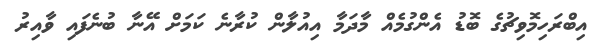
އިބްރަހިމޮވިޗުގެ ބޮޑު އެންގުމެއް މާދަމާ އިއުލާން ކުރާނެ ކަމަށް އޭނާ ބުނެފައި ވާއިރު